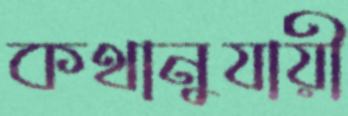
কথানুযায়ী